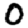
Digit: 0